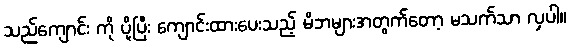
သည်ကျောင်း ကို ပို့ပြီး ကျောင်းထားပေးသည့် မိဘများအတွက်တော့ မသက်သာ လှပါ။